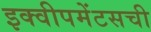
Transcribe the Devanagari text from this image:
इक्वीपमेंटसची